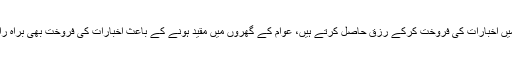
یہ اخباری صنعت سے وابستہ ہاکرز ہیں جو روزانہ کی بنیاد پر اسٹالوں میں اخبارات کی فروخت کرکے رزق حاصل کرتے ہیں، عوام کے گھروں میں مقید ہونے کے باعث اخبارات کی فروخت بھی براہ راست متاثر ہوئی اور ہزاروں خاندان بدترین مالی پریشانی کا شکار ہوگئے۔